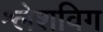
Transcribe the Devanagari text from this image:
श्लेशविग